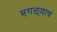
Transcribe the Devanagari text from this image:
सगळ्याचं